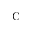
\mathrm { C }